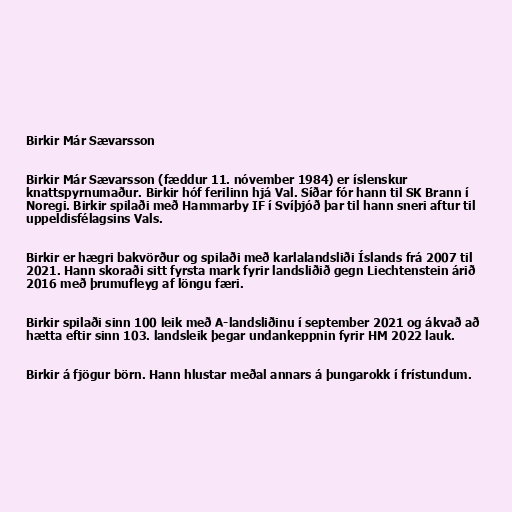
Birkir Már Sævarsson

Birkir Már Sævarsson (fæddur 11. nóvember 1984) er íslenskur
knattspyrnumaður. Birkir hóf ferilinn hjá Val. Síðar fór hann til SK Brann í
Noregi. Birkir spilaði með Hammarby IF í Svíþjóð þar til hann sneri aftur til
uppeldisfélagsins Vals.

Birkir er hægri bakvörður og spilaði með karlalandsliði Íslands frá 2007 til
2021. Hann skoraði sitt fyrsta mark fyrir landsliðið gegn Liechtenstein árið
2016 með þrumufleyg af löngu færi.

Birkir spilaði sinn 100 leik með A-landsliðinu í september 2021 og ákvað að
hætta eftir sinn 103. landsleik þegar undankeppnin fyrir HM 2022 lauk.

Birkir á fjögur börn. Hann hlustar meðal annars á þungarokk í frístundum.